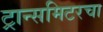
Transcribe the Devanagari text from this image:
ट्रान्समिटरचा